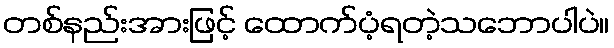
တစ်နည်းအားဖြင့် ထောက်ပံ့ရတဲ့သဘောပါပဲ။